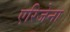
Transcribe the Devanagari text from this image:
एरिजेना